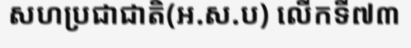
សហប្រជាជាតិ(អ.ស.ប) លើកទី៧៣